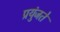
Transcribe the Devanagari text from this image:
प्रयुंजते